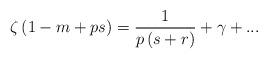
LaTeX: \begin{align*}\zeta \left( {1 - m + ps} \right) = \frac{1}{{p\left( {s + r} \right)}} + \gamma + ... \end{align*}